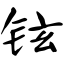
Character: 铉